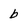
Character: b